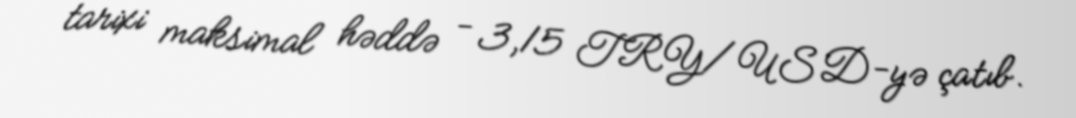
tarixi maksimal həddə - 3,15 TRY/USD-yə çatıb.